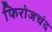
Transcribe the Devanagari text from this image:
फिरोजचंद